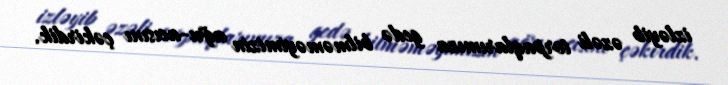
izləyib əzəli torpaqlarımıza gedə bilməməyimizin ağrı-acısını çəkirdik.